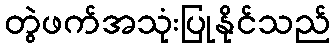
တွဲဖက်အသုံးပြုနိုင်သည်